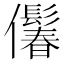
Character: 𪝾